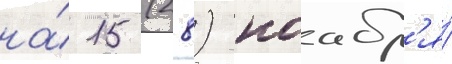
на́ 15 (28) ноабр'я́